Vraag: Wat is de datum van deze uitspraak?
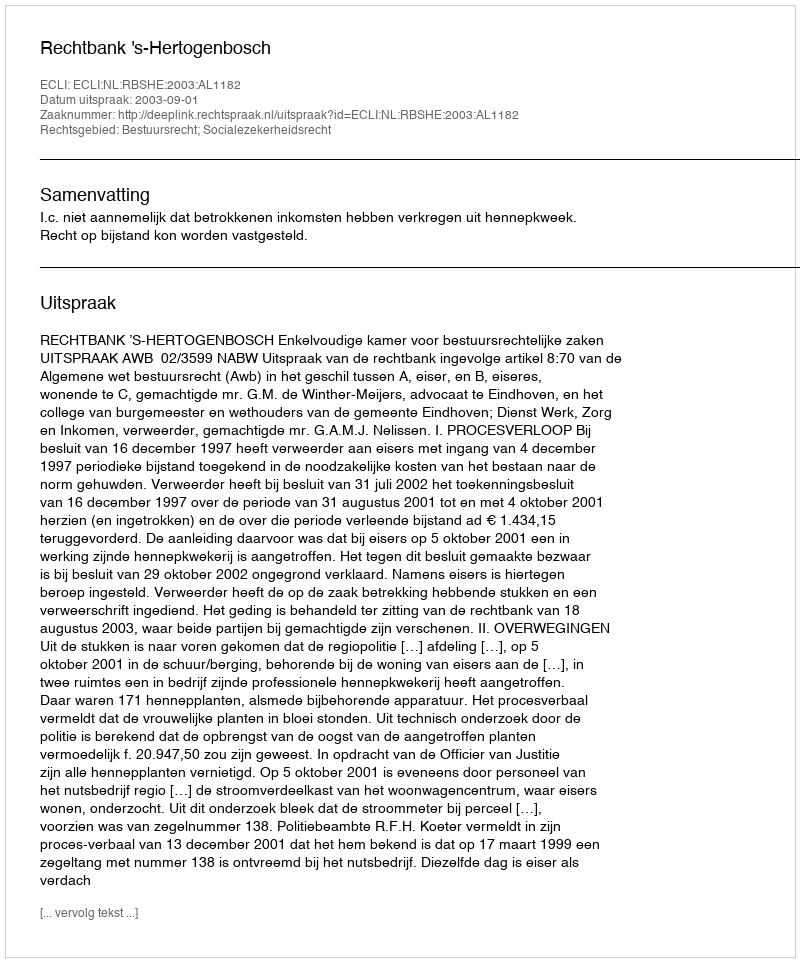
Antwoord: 2003-09-01